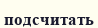
подсчитать